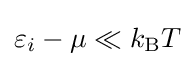
\varepsilon _{i}-\mu \ll k_{\text{B}}T